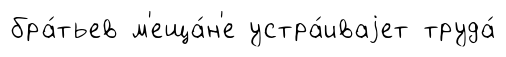
бра́тьев м'еща́н'е устра́иваjет труда́